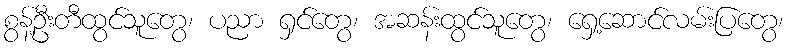
စွန့်ဦးတီထွင်သူတွေ၊ ပညာ ရှင်တွေ၊ အဆန်းထွင်သူတွေ၊ ရှေ့ဆောင်လမ်းပြတွေ၊